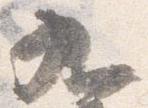
九